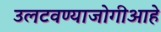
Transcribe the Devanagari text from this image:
उलटवण्याजोगीआहे